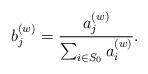
LaTeX: \begin{align*}b_j^{(w)}=\frac{a_j^{(w)}}{\sum_{i\in S_0} a_i^{(w)}}.\end{align*}